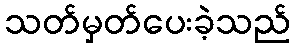
သတ်မှတ်ပေးခဲ့သည်